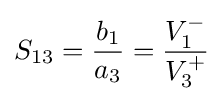
S_{13}={\frac {b_{1}}{a_{3}}}={\frac {V_{1}^{-}}{V_{3}^{+}}}